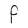
Character: F